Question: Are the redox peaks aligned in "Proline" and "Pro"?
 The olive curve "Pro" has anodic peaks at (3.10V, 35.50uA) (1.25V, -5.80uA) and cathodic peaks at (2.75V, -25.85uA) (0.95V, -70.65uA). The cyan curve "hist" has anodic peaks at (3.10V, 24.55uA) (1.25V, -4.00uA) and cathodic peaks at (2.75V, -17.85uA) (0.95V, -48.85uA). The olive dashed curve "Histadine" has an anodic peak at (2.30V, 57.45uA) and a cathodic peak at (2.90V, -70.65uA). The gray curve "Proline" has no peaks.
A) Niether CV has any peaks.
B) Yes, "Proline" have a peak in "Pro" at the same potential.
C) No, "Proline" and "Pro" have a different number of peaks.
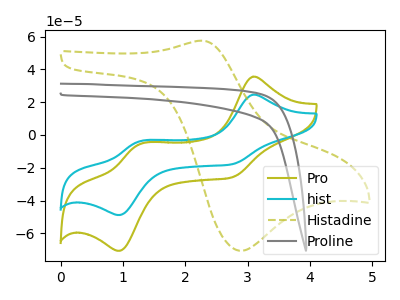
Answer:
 <answer>C) No, "Proline" and "Pro" have a different number of peaks.</answer>
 <eval>C</eval>